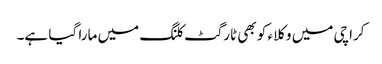
کراچی میں وکلاء کو بھی ٹارگٹ کلنگ میں مارا گیا ہے۔